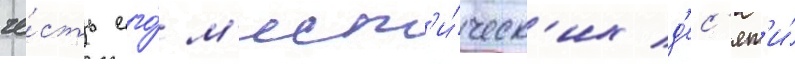
че́сть его́ м'ист'и́ческ'их д'ес'ят'и́